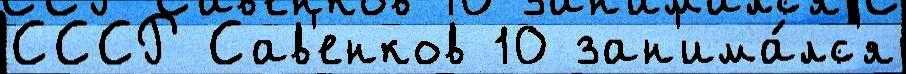
СССР Сав'енков 10 зан'има́лс'я